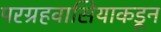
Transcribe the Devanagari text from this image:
परग्रहवासियाकडून